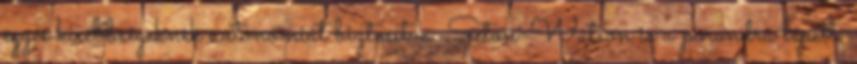
egyes kisebbségeknek autonómiát biztosítva. Seton-Watson is a porondra lépett: